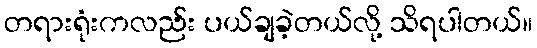
တရားရုံးကလည်း ပယ်ချခဲ့တယ်လို့ သိရပါတယ်။